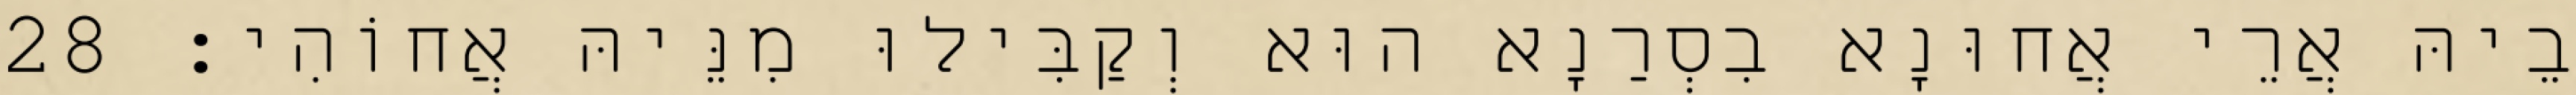
בֵיהּ אֲרֵי אֲחוּנָא בִסְרַנָא הוּא וְקַבִּילוּ מִנֵּיהּ אֲחוֹהִי׃ 28